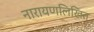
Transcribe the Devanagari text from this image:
नारायणलिखित